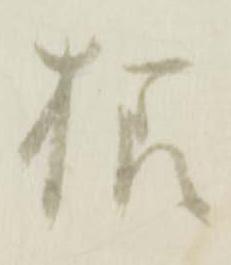
様